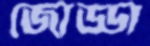
জোড্ডা